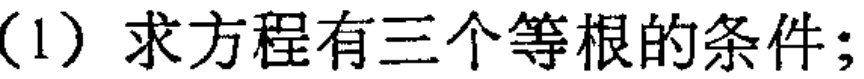
(1) 求方程有三个等根的条件；